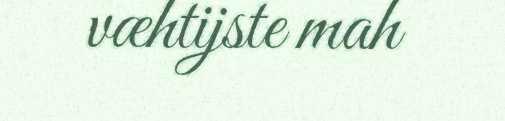
væhtijste mah